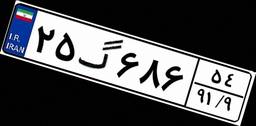
۰۳گ۹۴۹۹۰